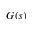
G ( s )